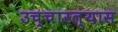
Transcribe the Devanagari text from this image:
उच्चारल्यास